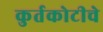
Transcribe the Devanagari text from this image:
कुर्तकोटीचे